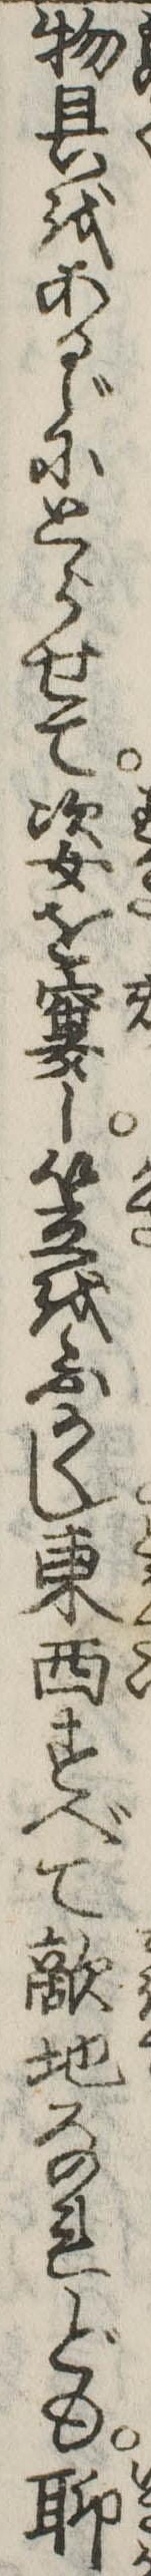
物具をあるじにとらせて姿を窶し笠をふかくし東西すべて敵地なれども聊